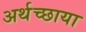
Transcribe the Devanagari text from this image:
अर्थच्छाया